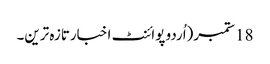
18 ستمبر(اُردو پوائنٹ اخبارتازہ ترین۔